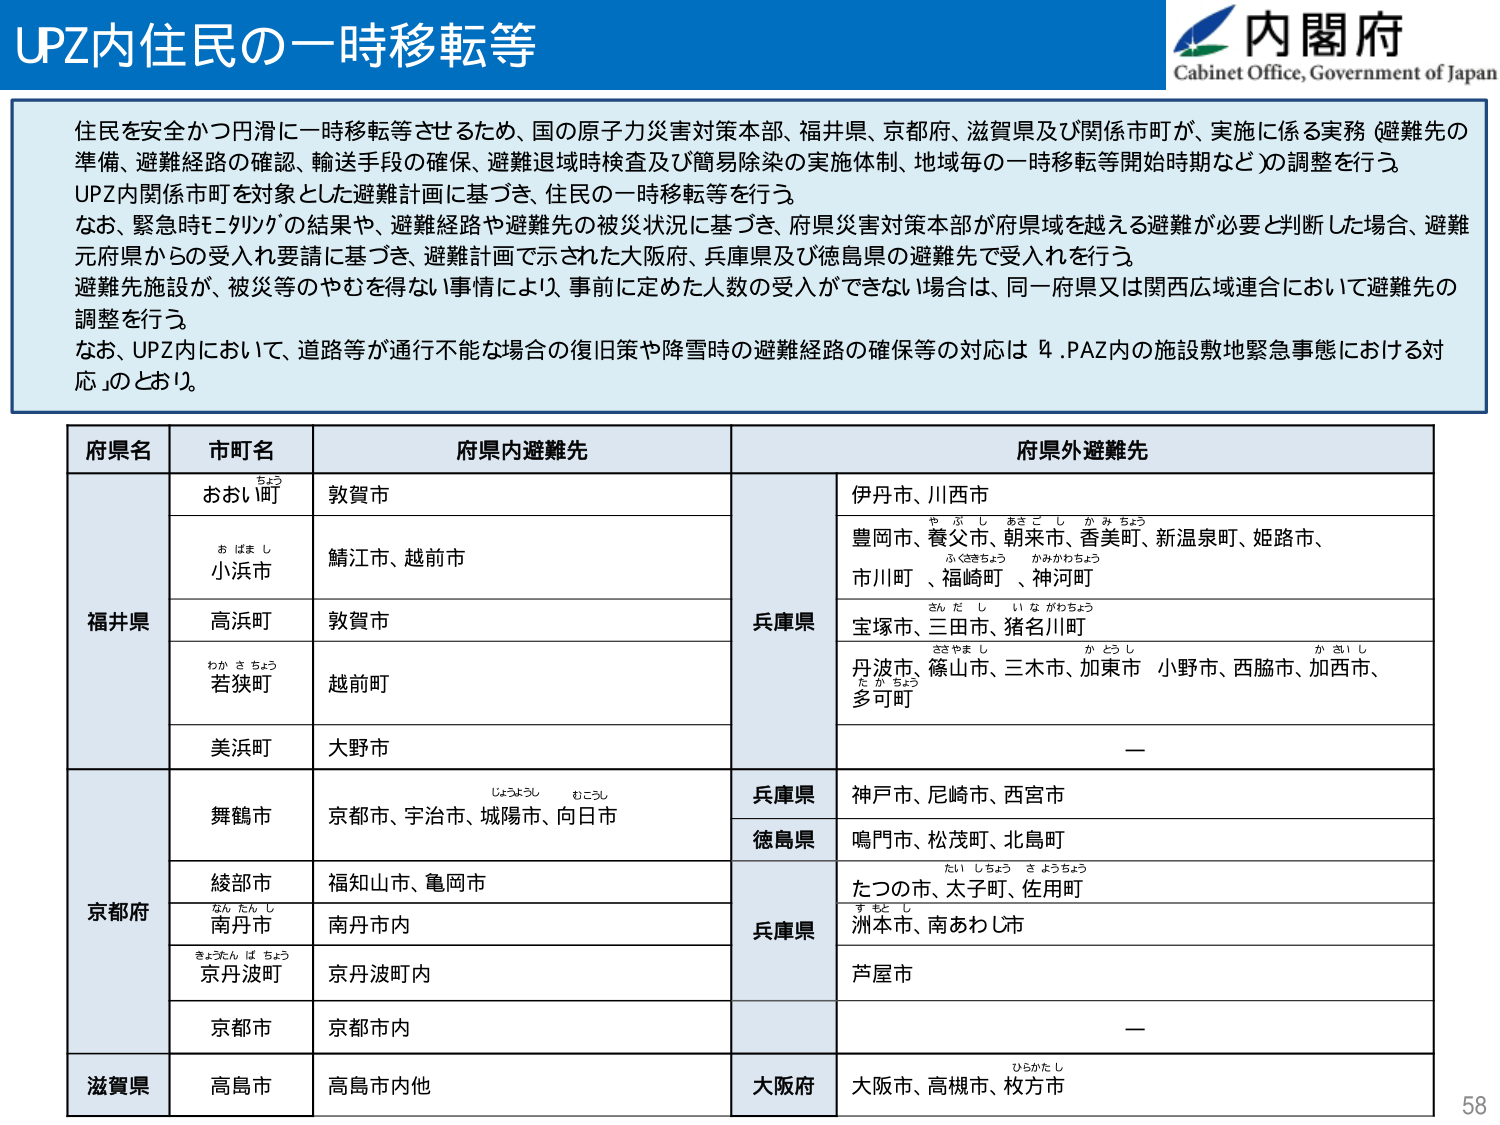
UPZ内住民の一時移転等

内閣府
Cabinet Office, Government of Japan

住民を安全かつ円滑に一時移転等させるため、国の原子力災害対策本部、福井県、京都府、滋賀県及び関係市町が、実施に係る実務（避難先の準備、避難経路の確認、輸送手段の確保、避難退域時検査及び簡易除染の実施体制、地域毎の一時移転等開始時期など）の調整を行う。
UPZ内関係市町を対象とした避難計画に基づき、住民の一時移転等を行う。
なお、緊急時モニタリングの結果や、避難経路や避難先の被災状況に基づき、府県災害対策本部が府県域を越える避難が必要と判断した場合、避難元府県からの受入要請に基づき、避難計画で示された大阪府、兵庫県及び徳島県の避難先で受入れを行う。
避難施設が、被災等のやむを得ない事情により、事前に定めた人数の受入ができない場合は、同一府県又は関西広域連合において避難先の調整を行う。
なお、UPZ内において、道路等が通行不能な場合の復旧策や降雪時の避難経路の確保等の対応は「4.PAZ内の施設敷地緊急事態における対応」とおり。

府県名　市町名　府県内避難先　府県外避難先

福井県
　おおい町　敦賀市　兵庫県　伊丹市、川西市
　小浜市　鯖江市、越前市　　豊岡市、養父市、朝来市、香美町、新温泉町、姫路市、市川町、福崎町、神河町
　高浜町　敦賀市　　宝塚市、三田市、猪名川町
　若狭町　越前町　　丹波市、篠山市、三木市、加東市、小野市、西脳市、加西市、多可町
　美浜町　大野市　　—

京都府
　舞鶴市　京都市、宇治市、城陽市、向日市　兵庫県　神戸市、尼崎市、西宮市
　綾部市　福知山市、亀岡市　徳島県　鳴門市、松茂町、北島町
　南丹市　南丹市内　兵庫県　たつの市、太子町、佐用町
　京丹波町　京丹波町内　　洲本市、南あわじ市
　京都市　京都市内　　芦屋市
　　—

滋賀県
　高島市　高島市内他　大阪府　大阪市、高槻市、枚方市

58